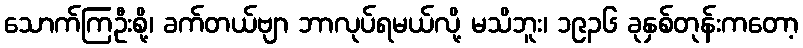
သောက်ကြဦးစို့၊ ခက်တယ်ဗျာ ဘာလုပ်ရမယ်လို့ မသိဘူး၊ ၁၉၃၆ ခုနှစ်တုန်းကတော့